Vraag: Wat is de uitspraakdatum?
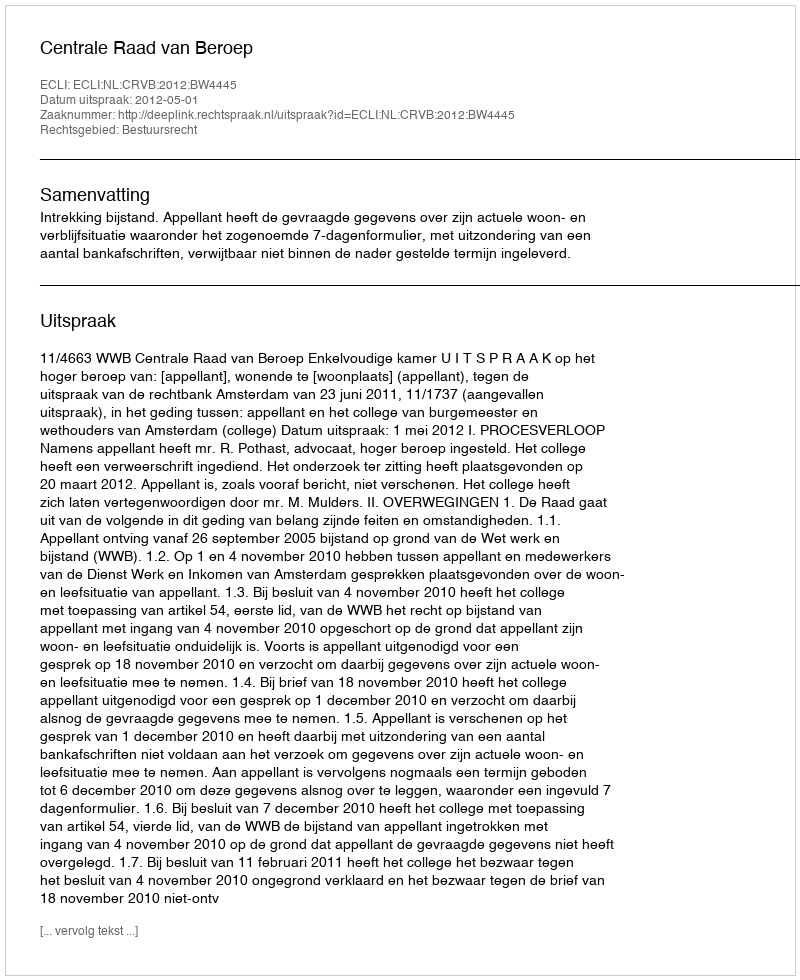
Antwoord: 2012-05-01